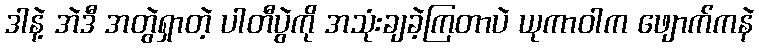
ဒါနဲ့ အဲဒီ အတွဲရှာတဲ့ ပါတီပွဲကို အသုံးချခဲ့ကြတာပဲ ယုကာဝါက ဖျောက်ကနဲ